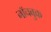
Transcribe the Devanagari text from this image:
नॉचबुक